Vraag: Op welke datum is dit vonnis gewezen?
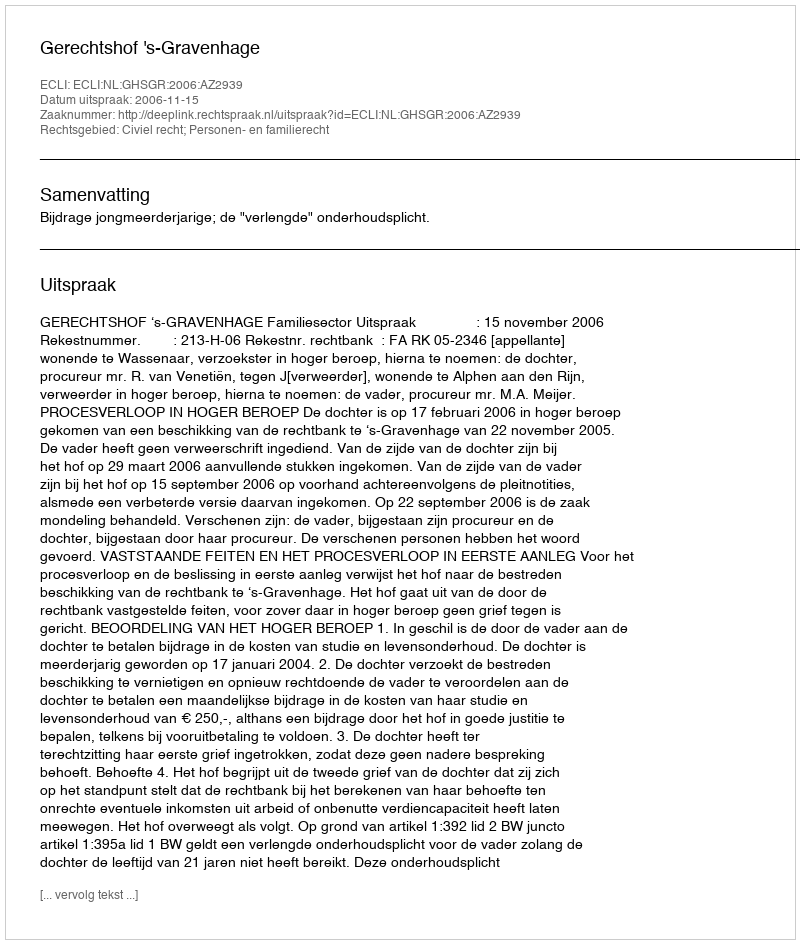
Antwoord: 2006-11-15